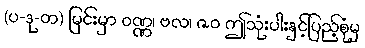
(ပ-ဒု-တ) မြင်းမှာ ဝဏ္ဏ၊ ဗလ၊ ဇဝ ဤသုံးပါးနှင့်ပြည့်စုံမှ